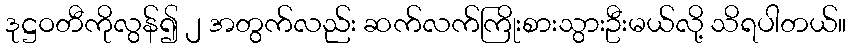
ဒုဋ္ဌဝတီကိုလွန်၍ ၂ အတွက်လည်း ဆက်လက်ကြိုးစားသွားဦးမယ်လို့ သိရပါတယ်။